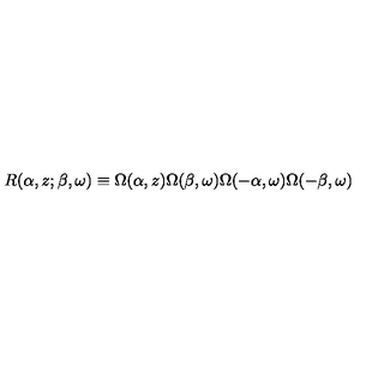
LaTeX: R ( \alpha , z ; \beta , \omega ) \equiv \Omega ( \alpha , z ) \Omega ( \beta , \omega ) \Omega ( - \alpha , \omega ) \Omega ( - \beta , \omega )